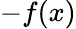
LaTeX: -f(x)